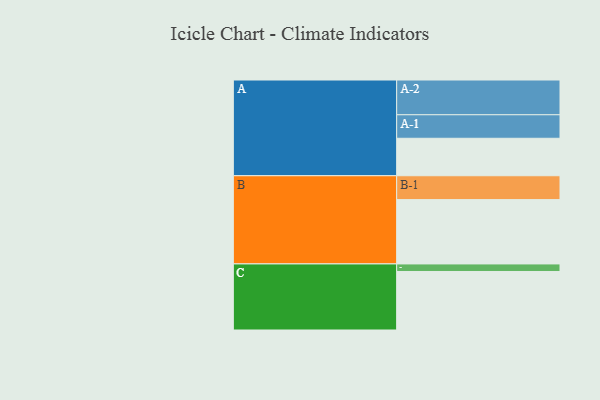
{"axis": {"x": "Segment", "y": "Value"}, "legend": ["", "A", "B", "C"], "data": [{"x": "A", "y": 317, "type": ""}, {"x": "B", "y": 544, "type": ""}, {"x": "C", "y": 495, "type": ""}, {"x": "A-1", "y": 199, "type": "A"}, {"x": "A-2", "y": 294, "type": "A"}, {"x": "B-1", "y": 202, "type": "B"}, {"x": "C-1", "y": 64, "type": "C"}]}